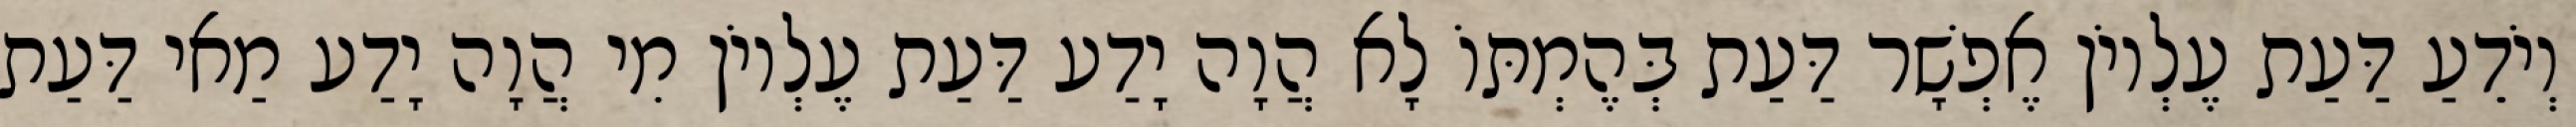
וְיֹדֵעַ דַּעַת עֶלְיוֹן אֶפְשָׁר דַּעַת בְּהֶמְתּוֹ לָא הֲוָה יָדַע דַּעַת עֶלְיוֹן מִי הֲוָה יָדַע מַאי דַּעַת